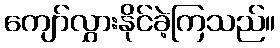
ကျော်လွှားနိုင်ခဲ့ကြသည်။